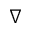
\nabla